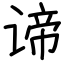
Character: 谛